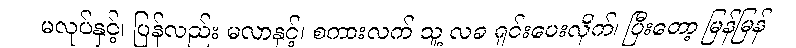
မလုပ်နှင့်၊ ပြန်လည်း မလာနှင့်၊ စကားလက် သူ့ လခ ရှင်းပေးလိုက်၊ ပြီးတော့ မြန်မြန်